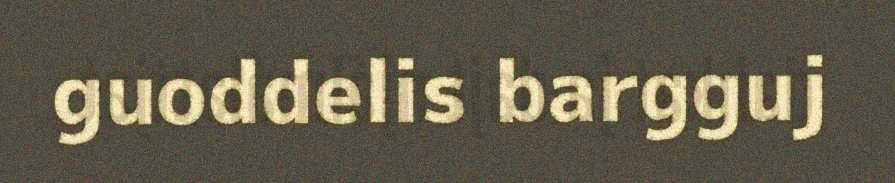
guoddelis bargguj